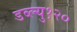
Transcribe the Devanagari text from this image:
डब्ल्यु१२०